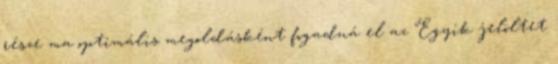
része ma optimális megoldásként fogadná el az "Egyik jelöltet